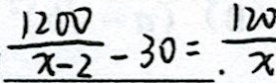
\frac { 1 2 0 0 } { x - 2 } - 3 0 = \frac { 1 2 0 } { x }